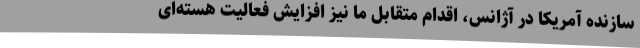
سازنده آمریکا در آژانس، اقدام متقابل ما نیز افزایش فعالیت هسته‌ای